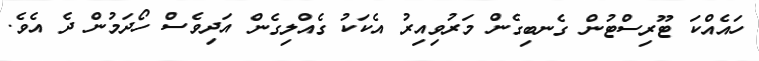
ހައެއްކަ ޓޫރިސްޓުން ގެނބިގެން މަރުވިއިރު އެކަކު ގެއްލިގެން އަދިވެސް ހޯދަމުން ދެ އެވެ.